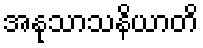
အနုသာသနိယာတိ